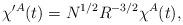
LaTeX: \begin{align*}\chi^{\prime A} (t) = N^{1/2} R^{-3/2} \chi^A (t),\end{align*}